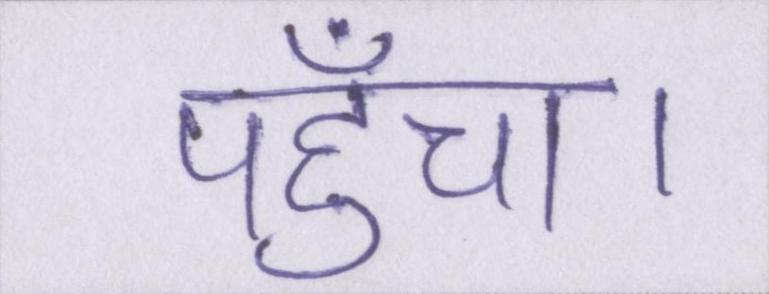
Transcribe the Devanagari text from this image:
पहुँचा।